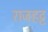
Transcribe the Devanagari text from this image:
राजहट्ट